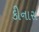
કીનારા